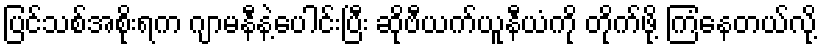
ပြင်သစ်အစိုးရက ဂျာမနီနဲ့ပေါင်းပြီး ဆိုဗီယက်ယူနီယံကို တိုက်ဖို့ ကြံနေတယ်လို့